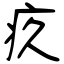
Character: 疚